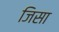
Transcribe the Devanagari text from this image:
जिसा